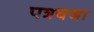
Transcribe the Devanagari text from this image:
पत्रवजा